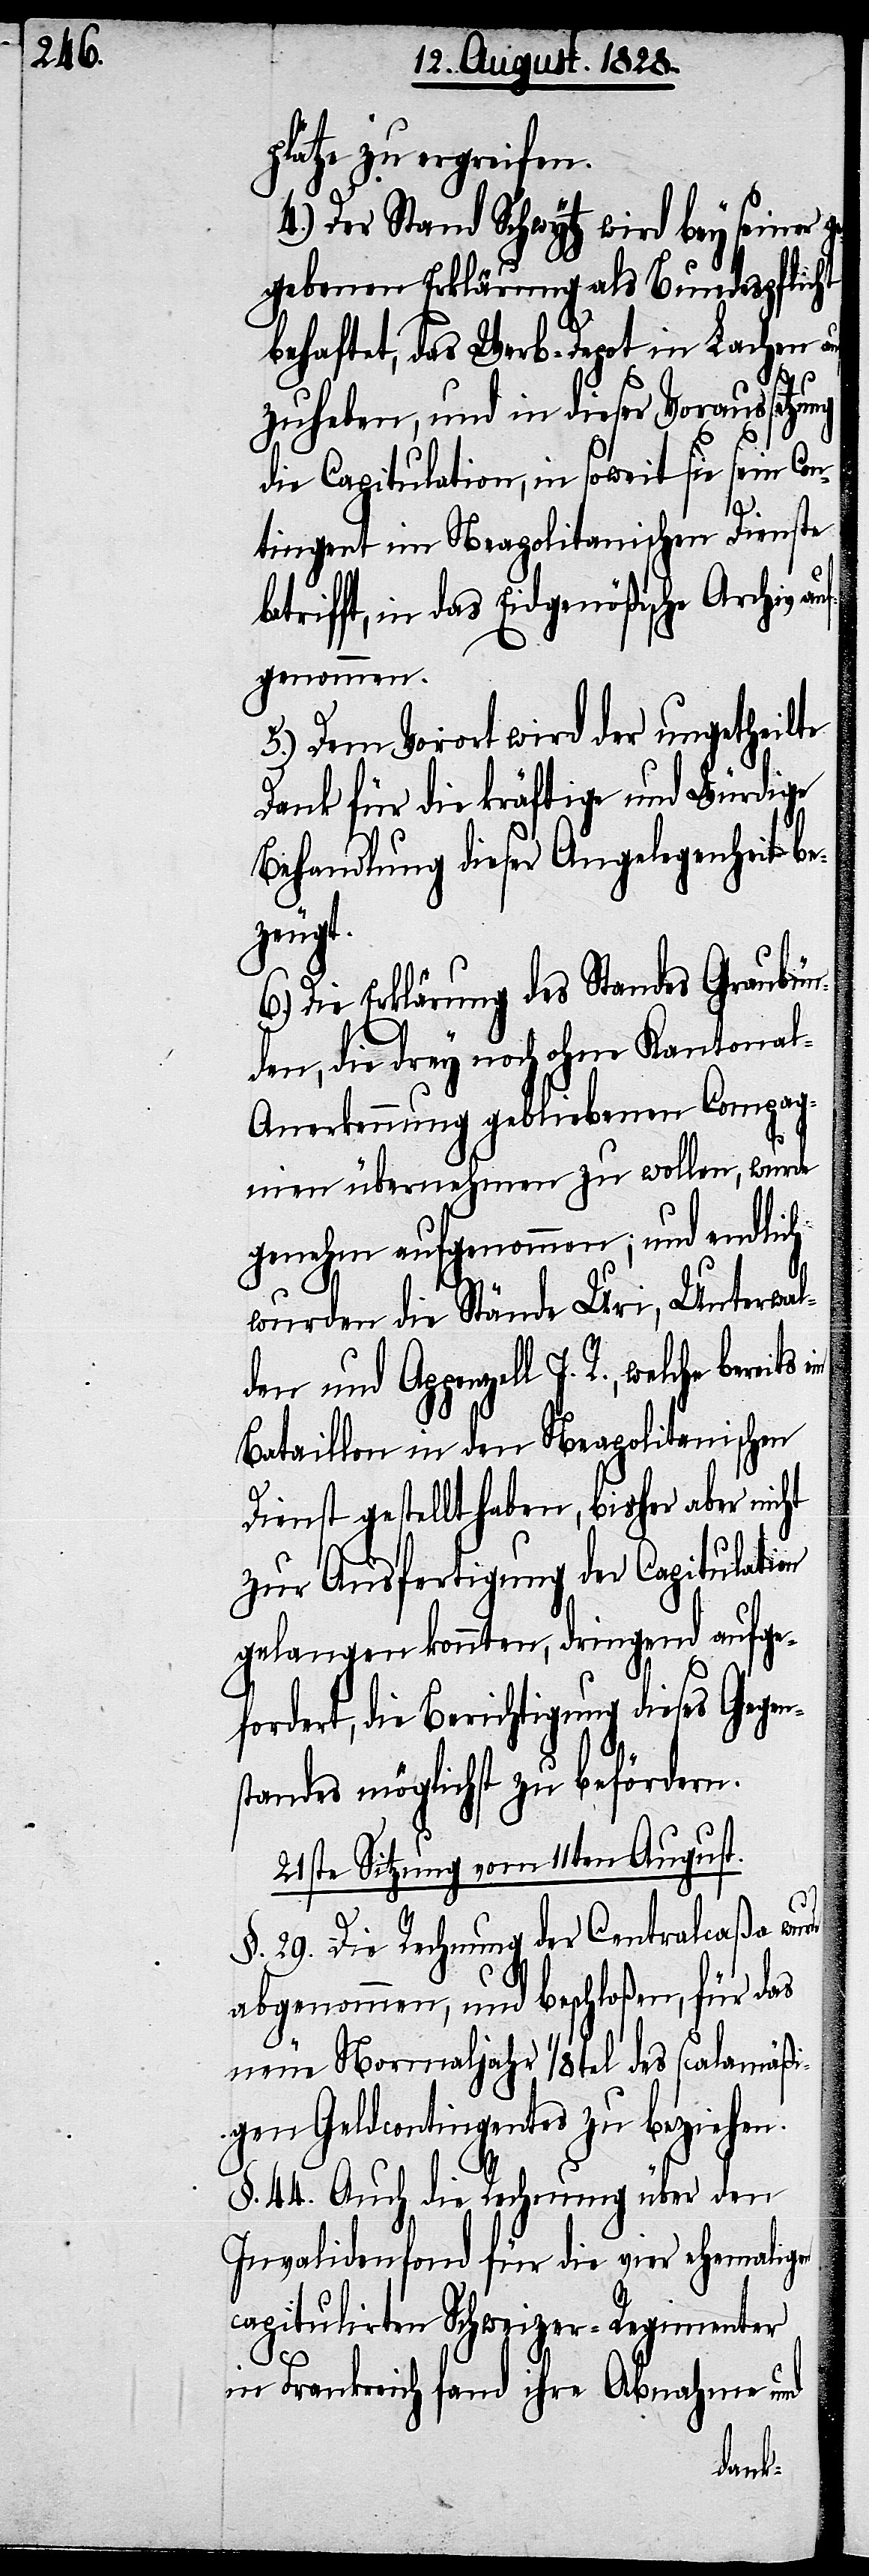
plätze zu ergreifen.
4.) Der Stand Schwytz wird bey seiner g¬
egebenen Erklärung als Bundespflicht
behaftet, das Werb-Depot in Lachen au¬
rde
zuheben, und in dieser Voraussetzung
die Capitulation, in soweit sie sein Con¬
tingent im Neapolitanischen Dienste
rifft, in das Eidgenößische Archiv au¬
fgenommen.
5.) Dem Vorort wird der ungetheilte
Dank für die kräftige und würdige
Behandlung dieser Angelegenheit be¬
zeugt.
6.) Die Erklärung des Standes Graubün¬
den, die drey noch ohne Kantona¬
l-Anerkennung gebliebenen Compag¬
nien übernehmen zu wollen, wurde
genehm aufgenommen; und endlich
wurden die Stände Uri, Unterwal¬
den und Appenzell I. R., welche
Bataillon in den Neapolitanischen
Dienst gestellt haben, bisher aber nicht
zur Ausfertigung der Capitulation
gelangen konnten, dringend aufge¬
fordert, die Berichtigung dieses Gegen¬
standes möglichst zu befördern.
21ste Sitzung vom 11ten August.
§. 29. Die Rechnung der Centralcaßa wu¬
abgenommen, und beschloßen, für das
neue Normaljahr 1/8tel des scalamäßi¬
gen Geldcontingentes zu beziehen.
§. 44. Auch die Rechnung über den
Invalidenfond für die vier ehemaligen
capitulirten Schweizer-Regimenter
in Frankreich fand ihre Abnahmen und
bet¬